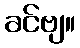
ခင်ဗျ။